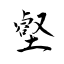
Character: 壑